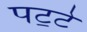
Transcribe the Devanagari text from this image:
पट॒टे